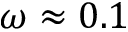
\omega \approx 0 . 1